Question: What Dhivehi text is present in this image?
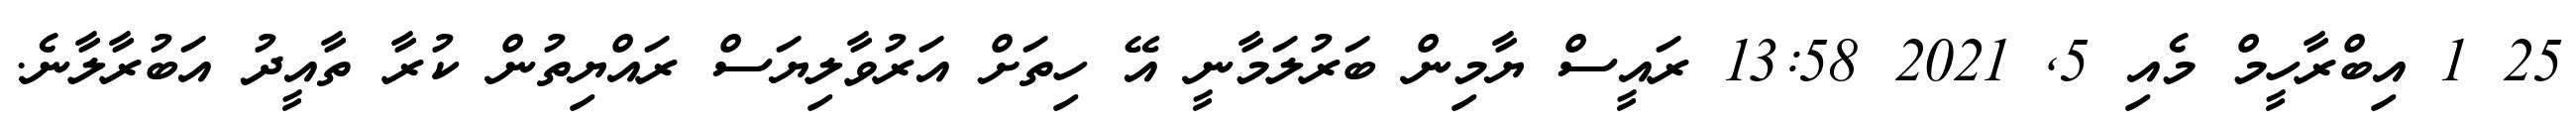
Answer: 25 1 އިބްރާހީމް މެއި 5, 2021 13:58 ރައީސް ޔާމިން ބަރުލަމާނީ އޭ ހިތަށް އަރުވާލިޔަސް ރައްޔިތުން ކުރާ ތާއީދު އަބުރާލާނެ.